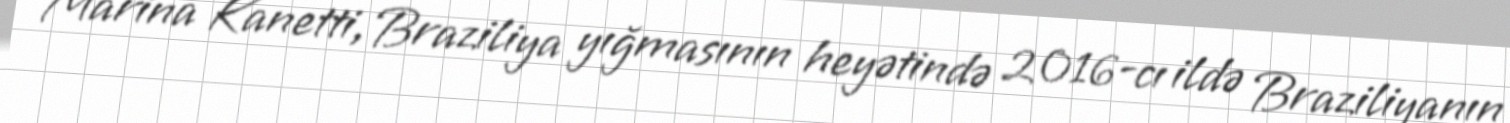
Marina Kanetti, Braziliya yığmasının heyətində 2016-cı ildə Braziliyanın